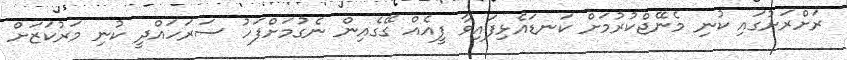
ރަށްރަށުގައި ކުނި މެނޭޖްކުރުމަށް ކަނޑައެޅިފައިވާ ފީއެއް ގޭގެއިން ނެގުމަށްފަހު ސަރަހައްދީ ކުނި މަރުކަޒަށް